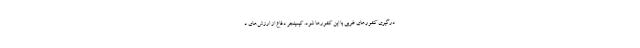
درگیری کشورهای غربی با این کشورها شود. کیسینجر دفاع از ارزش‌های د